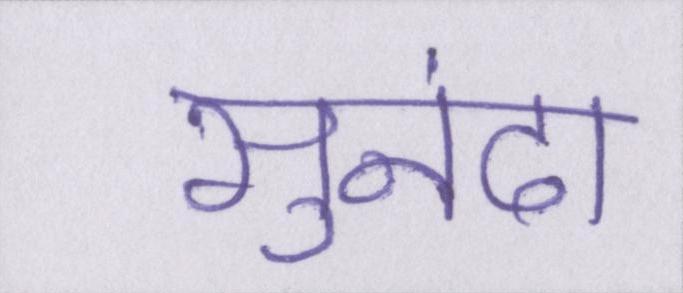
सुनंदा